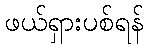
ဖယ်ရှားပစ်ရန်